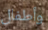
وأطفال